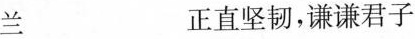
兰 正直坚韧，谦谦君子